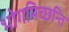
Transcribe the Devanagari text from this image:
भोगमिच्छन्ति